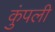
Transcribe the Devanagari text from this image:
कुंपली